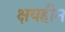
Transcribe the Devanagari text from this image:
क्षयहीन